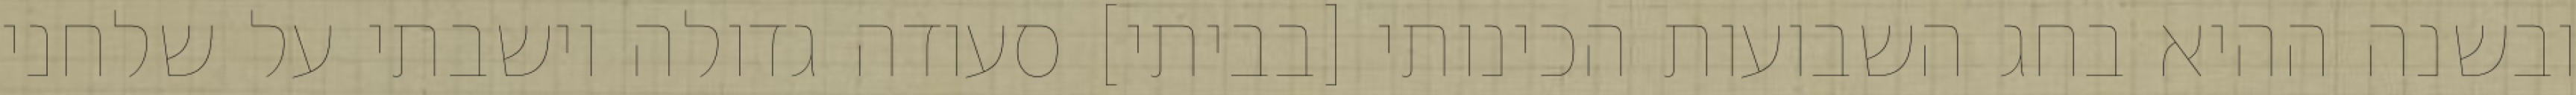
ובשנה ההיא בחג השבועות הכינותי [בביתי] סעודה גדולה וישבתי על שלחני